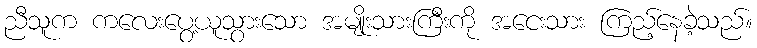
ညီသူက ကလေးပွေ့ယူသွားသော အမျိုးသားကြီးကို အငေးသား ကြည့်နေခဲ့သည်။